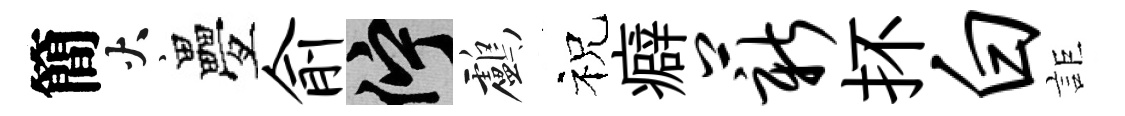
簡火疊俞伫鸕祝癖薪抔白詎